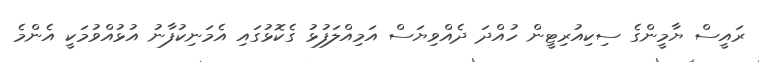
ރައީސް ޔާމީންގެ ސިކިއުރިޓީން ހުއްދަ ދެއްވިޔަސް އަމިއްލަފުޅު ގެކޮޅުގައި އެމަނިކުފާނު އުޅުއްވުމަކީ އެންމެ